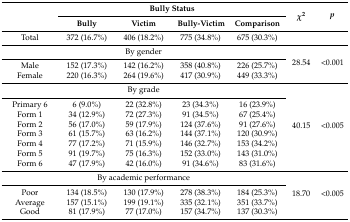
<table><thead><tr><td rowspan="2"></td><td colspan="4"><b>Bully Status</b></td><td rowspan="2"><b><i>χ</i><sup>2</sup></b></td><td rowspan="2"><b><i>p</i></b></td></tr><tr><td><b>Bully</b></td><td><b>Victim</b></td><td><b>Bully-Victim</b></td><td><b>Comparison</b></td></tr></thead><tbody><tr><td>Total</td><td>372 (16.7%)</td><td>406 (18.2%)</td><td>775 (34.8%)</td><td>675 (30.3%)</td><td colspan="2"></td></tr><tr><td colspan="5">By gender</td><td rowspan="3">28.54</td><td rowspan="3">&lt;0.001</td></tr><tr><td>Male</td><td>152 (17.3%)</td><td>142 (16.2%)</td><td>358 (40.8%)</td><td>226 (25.7%)</td></tr><tr><td>Female</td><td>220 (16.3%)</td><td>264 (19.6%)</td><td>417 (30.9%)</td><td>449 (33.3%)</td></tr><tr><td colspan="5">By grade</td><td rowspan="8">40.15</td><td rowspan="8">&lt;0.005</td></tr><tr><td>Primary 6</td><td>6 (9.0%)</td><td>22 (32.8%)</td><td>23 (34.3%)</td><td>16 (23.9%)</td></tr><tr><td>Form 1</td><td>34 (12.9%)</td><td>72 (27.3%)</td><td>91 (34.5%)</td><td>67 (25.4%)</td></tr><tr><td>Form 2</td><td>56 (17.0%)</td><td>59 (17.9%)</td><td>124 (37.6%)</td><td>91 (27.6%)</td></tr><tr><td>Form 3</td><td>61 (15.7%)</td><td>63 (16.2%)</td><td>144 (37.1%)</td><td>120 (30.9%)</td></tr><tr><td>Form 4</td><td>77 (17.2%)</td><td>71 (15.9%)</td><td>146 (32.7%)</td><td>153 (34.2%)</td></tr><tr><td>Form 5</td><td>91 (19.7%)</td><td>75 (16.3%)</td><td>152 (33.0%)</td><td>143 (31.0%)</td></tr><tr><td>Form 6</td><td>47 (17.9%)</td><td>42 (16.0%)</td><td>91 (34.6%)</td><td>83 (31.6%)</td></tr><tr><td colspan="5">By academic performance</td><td rowspan="4">18.70</td><td rowspan="4">&lt;0.005</td></tr><tr><td>Poor</td><td>134 (18.5%)</td><td>130 (17.9%)</td><td>278 (38.3%)</td><td>184 (25.3%)</td></tr><tr><td>Average</td><td>157 (15.1%)</td><td>199 (19.1%)</td><td>335 (32.1%)</td><td>351 (33.7%)</td></tr><tr><td>Good</td><td>81 (17.9%)</td><td>77 (17.0%)</td><td>157 (34.7%)</td><td>137 (30.3%)</td></tr></tbody></table>